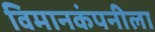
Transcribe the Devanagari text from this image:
विमानकंपनीला